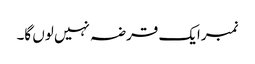
نمبرایک قرضہ نہیں لوں گا۔